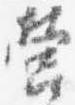
営